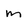
Character: m